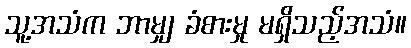
သူ့အသံက ဘာမျှ ခံစားမှု မရှိသည့်အသံ။